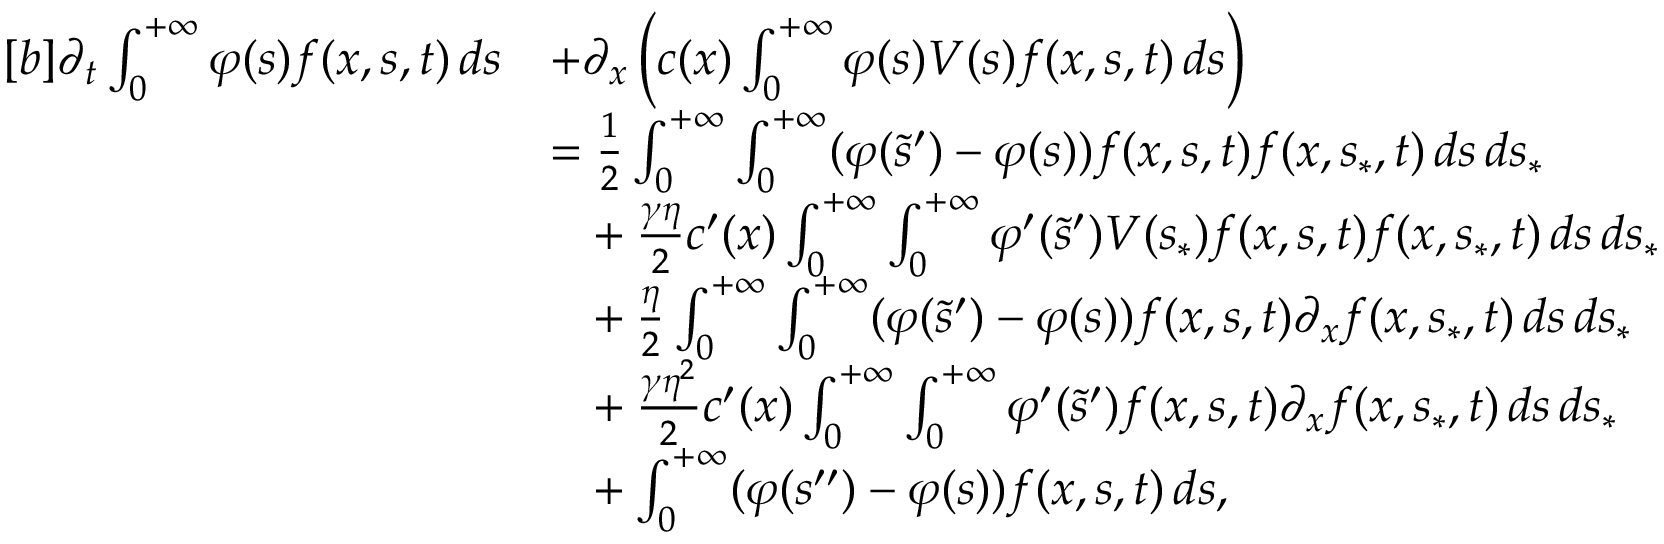
\begin{array} { r } { \begin{array} { r l } { [ b ] \partial _ { t } \int _ { 0 } ^ { + \infty } \varphi ( s ) f ( x , s , t ) \, d s } & { + \partial _ { x } \left( c ( x ) \int _ { 0 } ^ { + \infty } \varphi ( s ) V ( s ) f ( x , s , t ) \, d s \right) } \\ & { = \frac { 1 } { 2 } \int _ { 0 } ^ { + \infty } \int _ { 0 } ^ { + \infty } ( \varphi ( \tilde { s } ^ { \prime } ) - \varphi ( s ) ) f ( x , s , t ) f ( x , s _ { \ast } , t ) \, d s \, d s _ { \ast } } \\ & { \phantom { = } + \frac { \gamma \eta } { 2 } c ^ { \prime } ( x ) \int _ { 0 } ^ { + \infty } \int _ { 0 } ^ { + \infty } \varphi ^ { \prime } ( \tilde { s } ^ { \prime } ) V ( s _ { \ast } ) f ( x , s , t ) f ( x , s _ { \ast } , t ) \, d s \, d s _ { \ast } } \\ & { \phantom { = } + \frac { \eta } { 2 } \int _ { 0 } ^ { + \infty } \int _ { 0 } ^ { + \infty } ( \varphi ( \tilde { s } ^ { \prime } ) - \varphi ( s ) ) f ( x , s , t ) \partial _ { x } f ( x , s _ { \ast } , t ) \, d s \, d s _ { \ast } } \\ & { \phantom { = } + \frac { \gamma \eta ^ { 2 } } { 2 } c ^ { \prime } ( x ) \int _ { 0 } ^ { + \infty } \int _ { 0 } ^ { + \infty } \varphi ^ { \prime } ( \tilde { s } ^ { \prime } ) f ( x , s , t ) \partial _ { x } f ( x , s _ { \ast } , t ) \, d s \, d s _ { \ast } } \\ & { \phantom { = } + \int _ { 0 } ^ { + \infty } ( \varphi ( s ^ { \prime \prime } ) - \varphi ( s ) ) f ( x , s , t ) \, d s , } \end{array} } \end{array}